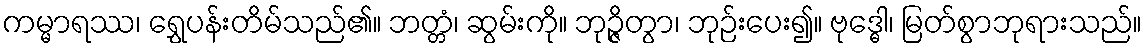
ကမ္မာရဿ၊ ရွှေပန်းတိမ်သည်၏။ ဘတ္တံ၊ ဆွမ်းကို။ ဘုဉ္ဇိတွာ၊ ဘုဉ်းပေး၍။ ဗုဒ္ဓေါ၊ မြတ်စွာဘုရားသည်။